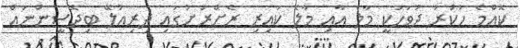
ކޮއްމެ ހުކުރު ދުވަހަކީ މާލެ އާއި މާލެ ކައިރި ރެށްރަށުގައި ދިރިއުލޭ ބިދޭސީންނައް